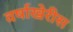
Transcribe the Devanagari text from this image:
वर्षाखेरीस